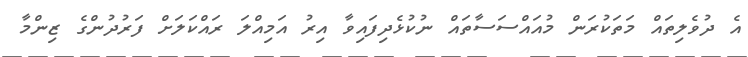
އެ ދުވެލިތައް މަތަކުރަން މުއައްސަސާތައް ނުކުޅެދިފައިވާ އިރު އަމިއްލަ ރައްކަލަށް ފަރުދުންގެ ޒިންމާ